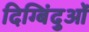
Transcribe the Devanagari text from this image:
दिग्बिंदुओं